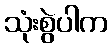
သုံးစွဲပါက